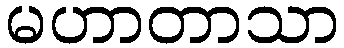
မဟာတာသာ